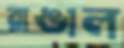
রাঙাল